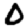
Digit: 0